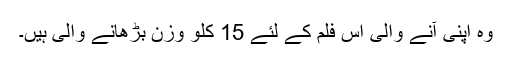
وہ اپنی آنے والی اس فلم کے لئے 15 کلو وزن بڑھانے والی ہیں۔